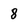
Character: 8